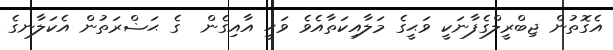
އެގޮތުން ޖިބްރީލްގެފާނަކީ ވަޙީގެ މަލާއިކަތާއެވެ ވަޙީ އާއިގެން  ގެ ޙަޟްރަތުން އެކަލާނގެ